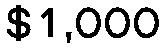
$1,000